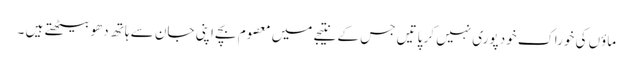
ماؤں کی خوراک خود پوری نہیں کر پاتیں جس کے نتیجے میں معصوم بچے اپنی جان سے ہاتھ دھو بیٹھتے ہیں ۔